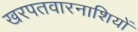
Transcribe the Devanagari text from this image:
खरपतवारनाशियों